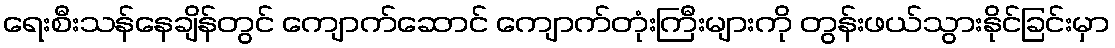
ရေးစီးသန်နေချိန်တွင် ကျောက်ဆောင် ကျောက်တုံးကြီးများကို တွန်းဖယ်သွားနိုင်ခြင်းမှာ